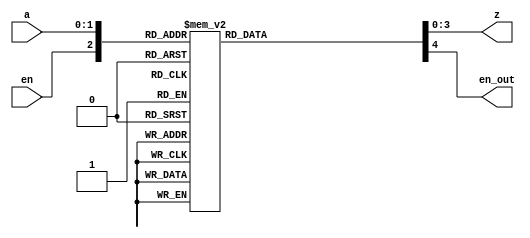
`timescale 1ns / 1ps
//////////////////////////////////////////////////////////////////////////////////
// Company: 
// Engineer: 
// 
// Design Name: 
// Module Name: encode_2_4_case
// Project Name: 
// Target Devices: 
// Tool Versions: 
// Description: 
// 
// Dependencies: 
// 
// Revision:
// Revision 0.01 - File Created
// Additional Comments:
//  This version uses a vector for input a.  It also doesn't tie the 'en' input to the
//  output as in the dataflow version.
//////////////////////////////////////////////////////////////////////////////////


module encode_2_4_case(input [1:0] a, input en, output reg [3:0] z, output reg en_out);

 always @*
     case ({en, a})
       3'b000, 
       3'b001, 
       3'b010, 
       3'b011 : begin
                  z = 4'b0000;
                  en_out = 1'b0;
                 end
       3'b100 : begin
                  z = 4'b0001;
                  en_out = 1'b1;
                end
       3'b101 : begin 
                  z = 4'b0010;
                  en_out = 1'b1;
                end
       3'b110 : begin
                  z = 4'b0100;
                  en_out = 1'b1;
                end
       3'b111 : begin
                  z = 4'b1000;
                  en_out = 1'b1;
                end
     endcase
     
endmodule